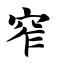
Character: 窄